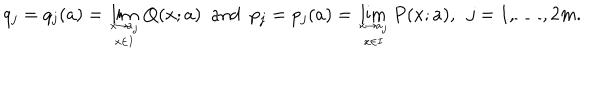
q _ { j } = q _ { j } ( a ) = \lim _ { x \rightarrow a _ { j } \atop x \in I } Q ( x ; a ) \ \ \mathrm { a n d } \ \ p _ { j } = p _ { j } ( a ) = \lim _ { x \rightarrow a _ { j } \atop x \in I } P ( x ; a ) , \ \ j = 1 , \ldots , 2 m .